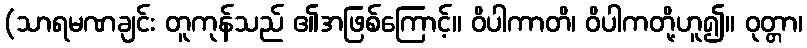
(သာရမဏချင်း တူကုန်သည် ၏အဖြစ်ကြောင့်။ ဝိပါကာတိ၊ ဝိပါကတို့ဟူ၍။ ဝုတ္တာ၊